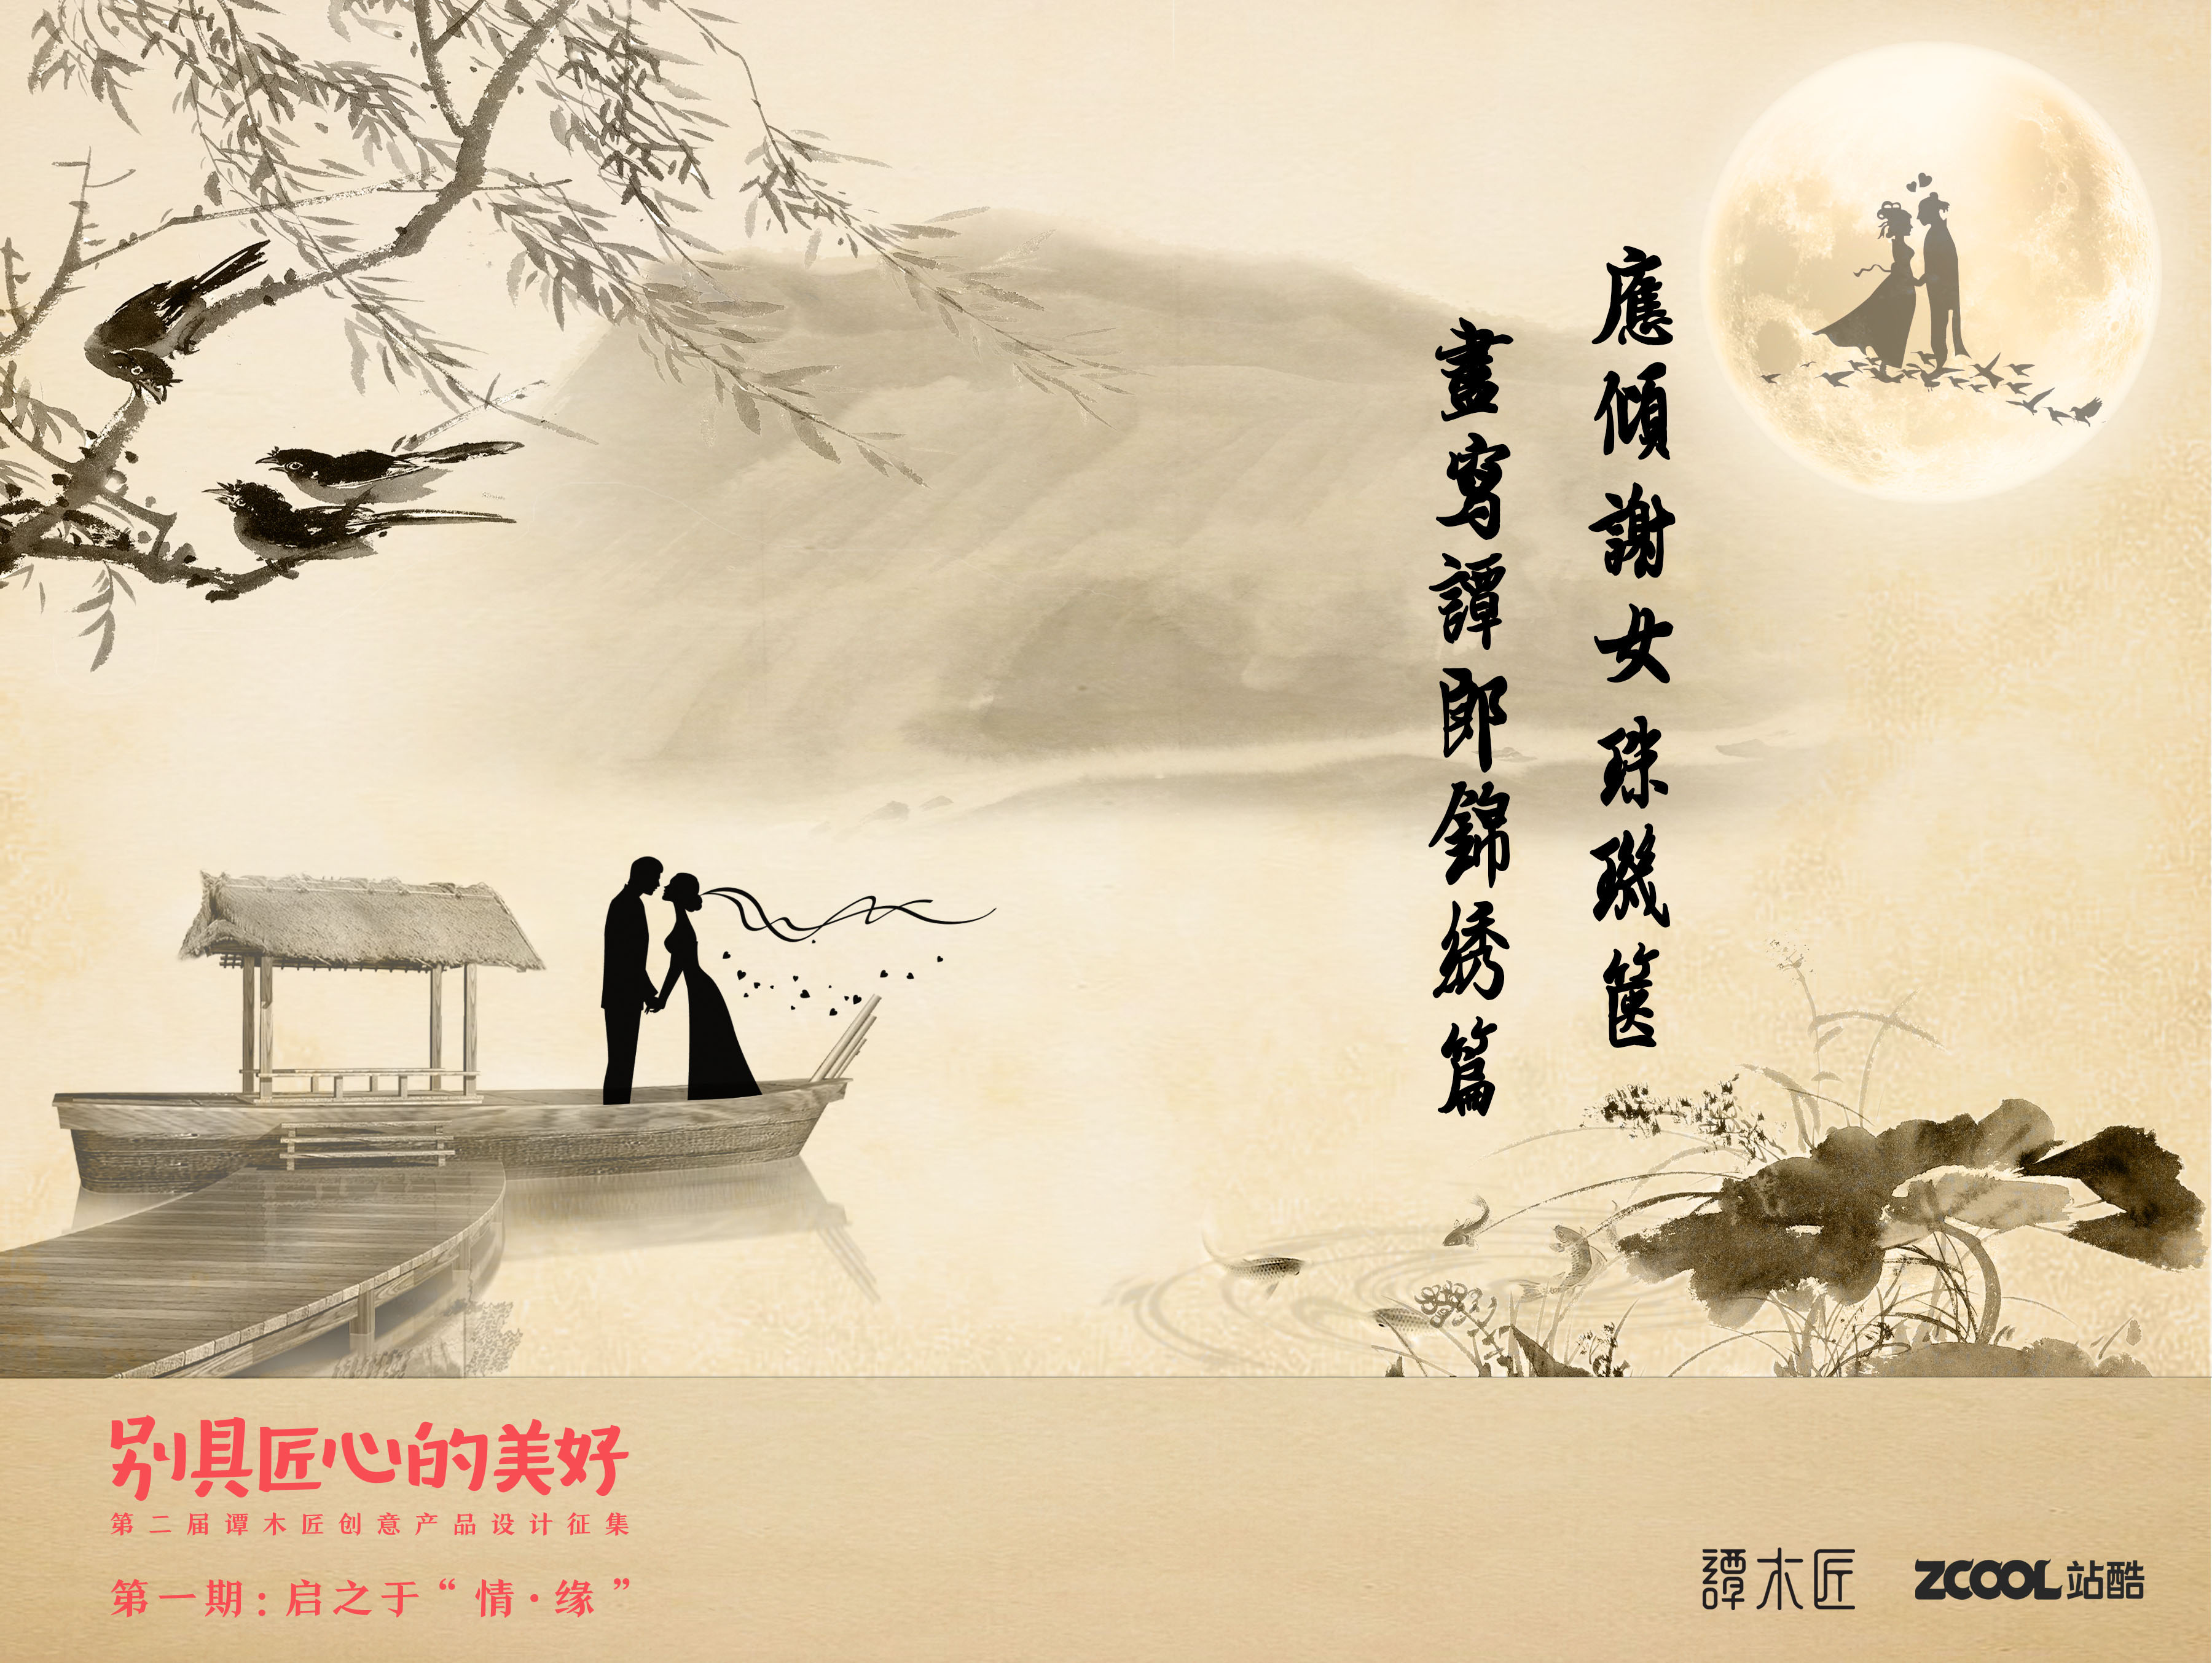
应倾谢女珠玑箧，尽写檀郎锦绣篇。